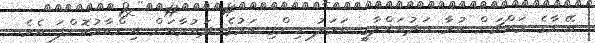
އޭނާގެ މައްޗަށް ކުރާ ބަދުއަޚްލާގީ އަމަލު ހިންގި ކަމުގެ ދައުވާއަށް އިންކާރުކޮށްފަ އެވެ.